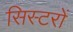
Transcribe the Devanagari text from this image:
सिस्टरों